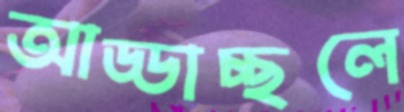
আড্ডাচ্ছলে